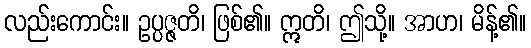
လည်းကောင်း။ ဥပ္ပဇ္ဇတိ၊ ဖြစ်၏။ ဣတိ၊ ဤသို့။ အာဟ၊ မိန့်၏။